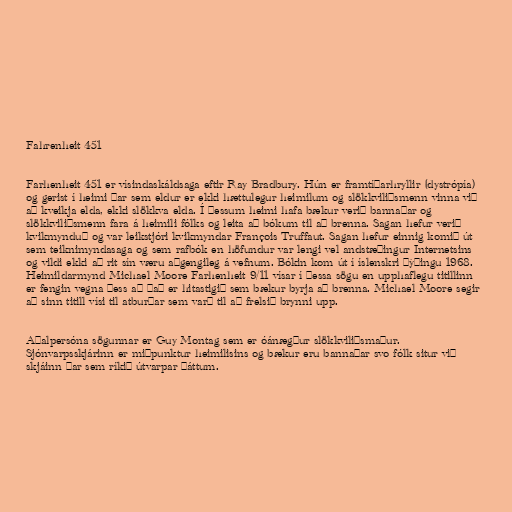
Fahrenheit 451

Farhenheit 451 er vísindaskáldsaga eftir Ray Bradbury. Hún er framtíðarhryllir (dystrópía)
og gerist í heimi þar sem eldur er ekki hættulegur heimilum og slökkviliðsmenn vinna við
að kveikja elda, ekki slökkva elda. Í þessum heimi hafa bækur verið bannaðar og
slökkviliðsmenn fara á heimili fólks og leita að bókum til að brenna. Sagan hefur verið
kvikmynduð og var leikstjóri kvikmyndar François Truffaut. Sagan hefur einnig komið út
sem teiknimyndasaga og sem rafbók en höfundur var lengi vel andstæðingur Internetsins
og vildi ekki að rit sín væru aðgengileg á vefnum. Bókin kom út í íslenskri þýðingu 1968.
Heimildarmynd Michael Moore Farhenheit 9/11 vísar í þessa sögu en upphaflegu titillinn
er fengin vegna þess að það er hitastigið sem bækur byrja að brenna. Michael Moore segir
að sinn titill vísi til atburðar sem varð til að frelsið brynni upp.

Aðalpersóna sögunnar er Guy Montag sem er óánægður slökkviliðsmaður.
Sjónvarpsskjárinn er miðpunktur heimilisins og bækur eru bannaðar svo fólk situr við
skjáinn þar sem ríkið útvarpar þáttum.